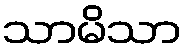
သာမိသာ